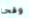
وقحا